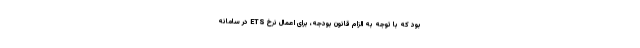
بود که با توجه به الزام قانون بودجه، برای اعمال نرخ ETS در سامانه